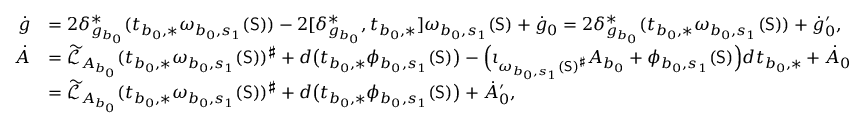
\begin{array} { r l } { \dot { g } } & { = 2 \delta _ { g _ { b _ { 0 } } } ^ { * } ( t _ { b _ { 0 } , * } \omega _ { b _ { 0 } , s _ { 1 } } ( \mathsf { S } ) ) - 2 [ \delta _ { g _ { b _ { 0 } } } ^ { * } , t _ { b _ { 0 } , * } ] \omega _ { b _ { 0 } , s _ { 1 } } ( \mathsf { S } ) + \dot { g } _ { 0 } = 2 \delta _ { g _ { b _ { 0 } } } ^ { * } ( t _ { b _ { 0 } , * } \omega _ { b _ { 0 } , s _ { 1 } } ( \mathsf { S } ) ) + \dot { g } _ { 0 } ^ { \prime } , } \\ { \dot { A } } & { = \widetilde { \mathcal { L } } _ { A _ { b _ { 0 } } } ( t _ { b _ { 0 } , * } \omega _ { b _ { 0 } , s _ { 1 } } ( \mathsf { S } ) ) ^ { \sharp } + d \big ( t _ { b _ { 0 } , * } \phi _ { b _ { 0 } , s _ { 1 } } ( \mathsf { S } ) \big ) - \Big ( \iota _ { \omega _ { b _ { 0 } , s _ { 1 } } ( \mathsf { S } ) ^ { \sharp } } A _ { b _ { 0 } } + \phi _ { b _ { 0 } , s _ { 1 } } ( \mathsf { S } ) \Big ) d t _ { b _ { 0 } , * } + \dot { A } _ { 0 } } \\ & { = \widetilde { \mathcal { L } } _ { A _ { b _ { 0 } } } ( t _ { b _ { 0 } , * } \omega _ { b _ { 0 } , s _ { 1 } } ( \mathsf { S } ) ) ^ { \sharp } + d \big ( t _ { b _ { 0 } , * } \phi _ { b _ { 0 } , s _ { 1 } } ( \mathsf { S } ) \big ) + \dot { A } _ { 0 } ^ { \prime } , } \end{array}